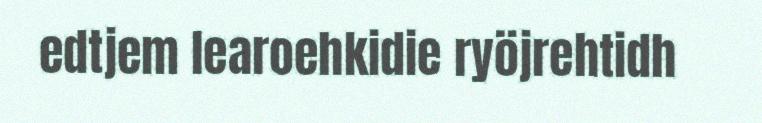
edtjem learoehkidie ryöjrehtidh